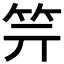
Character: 𥫶